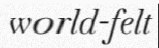
world-felt